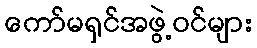
ကော်မရှင်အဖွဲ့ဝင်များ